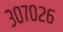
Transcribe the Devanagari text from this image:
३०७०२६